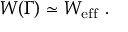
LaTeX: W ( \Gamma ) \simeq W _ { \mathrm { e f f } } \ .